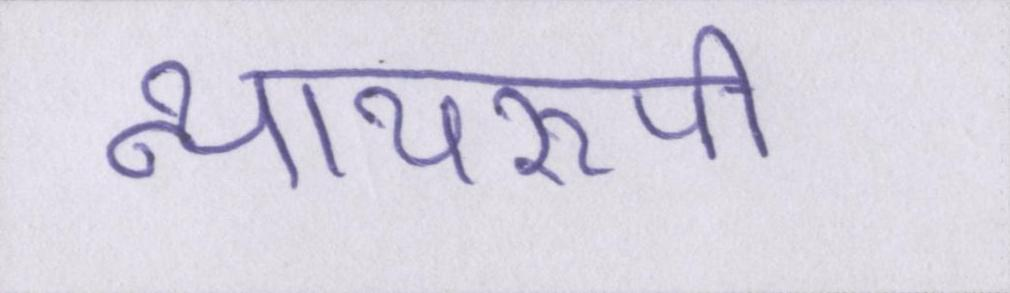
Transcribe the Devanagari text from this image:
न्यायरूपी